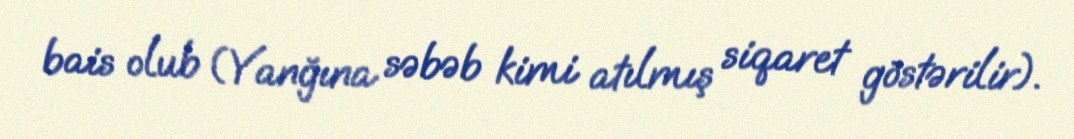
bais olub (Yanğına səbəb kimi atılmış siqaret göstərilir).